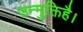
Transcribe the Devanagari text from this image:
उन्मुक्तिहै।